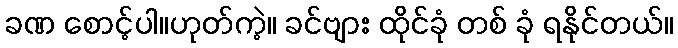
ခဏ စောင့်ပါ။ဟုတ်ကဲ့။ ခင်ဗျား ထိုင်ခုံ တစ် ခုံ ရနိုင်တယ်။